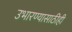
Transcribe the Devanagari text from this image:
उभारण्यासाठीही